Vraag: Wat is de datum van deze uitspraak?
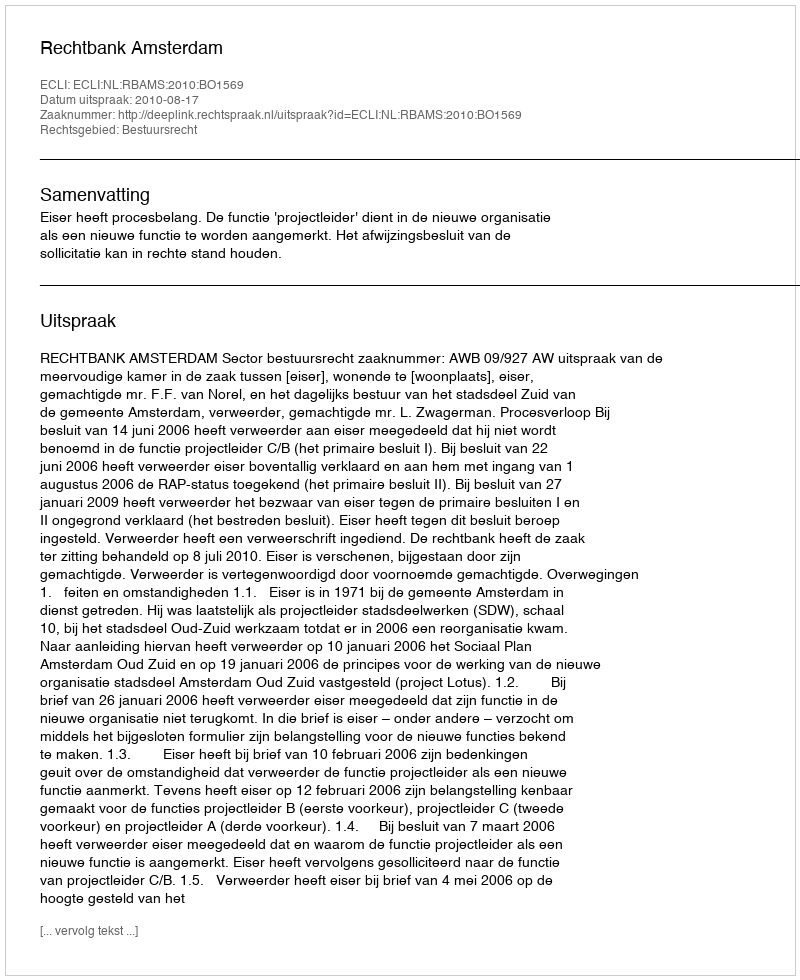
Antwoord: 2010-08-17